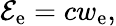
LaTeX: \mathcal{E}_{\mathrm{{e}}}=cw_{\mathrm{{e}}},